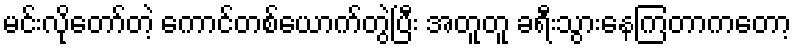
မင်းလိုတော်တဲ့ ကောင်တစ်ယောက်တွဲပြီး အတူတူ ခရီးသွားနေကြတာကတော့